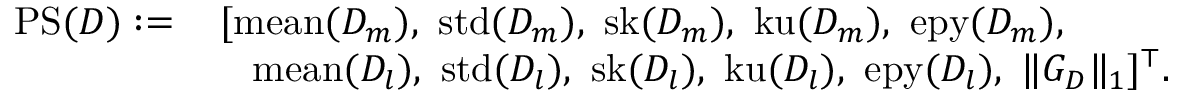
\begin{array} { r l } { \mathrm { P S } ( D ) : = } & { \, [ \mathrm { m e a n } ( D _ { m } ) , ~ \mathrm { s t d } ( D _ { m } ) , ~ \mathrm { s k } ( D _ { m } ) , ~ \mathrm { k u } ( D _ { m } ) , ~ \mathrm { e p y } ( D _ { m } ) , } \\ & { \quad \mathrm { m e a n } ( D _ { l } ) , ~ \mathrm { s t d } ( D _ { l } ) , ~ \mathrm { s k } ( D _ { l } ) , ~ \mathrm { k u } ( D _ { l } ) , ~ \mathrm { e p y } ( D _ { l } ) , ~ \| G _ { D } \| _ { 1 } ] ^ { \top } . } \end{array}